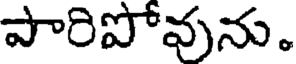
పారిపోవును.